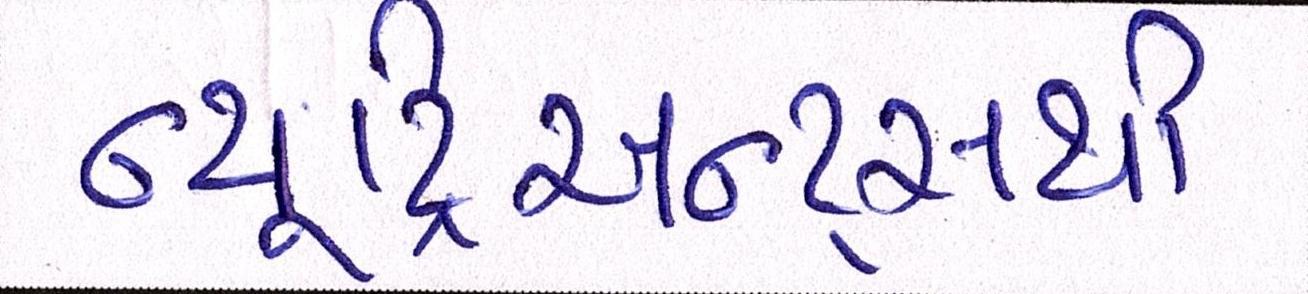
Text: ન્યૂટ્રિઅન્ટ્સથી